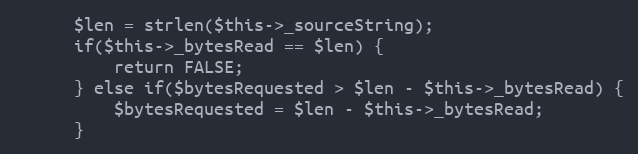
Language: PHP
      $len = strlen($this->_sourceString);
      if($this->_bytesRead == $len) {
          return FALSE;
      } else if($bytesRequested > $len - $this->_bytesRead) {
          $bytesRequested = $len - $this->_bytesRead;
      }